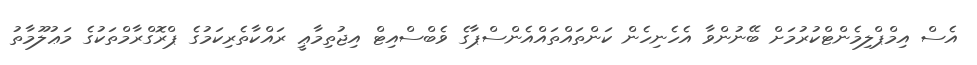
އެސް އިމްޕްލިމެންޓްކުރުމަށް ބޭނުންވާ އެހެނިހެން ކަންތައްތައްއެންސްޕާގެ ވެބްސްއިޓް އިޖުތިމާޢީ ރައްކާތެރިކަމުގެ ޕްރޮގްރާމްތަކުގެ މަޢުލޫމާތު